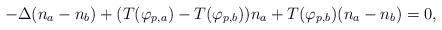
LaTeX: \begin{align*}- \Delta ( n_{a} - n_{b}) + ( T(\varphi_{p,a}) - T(\varphi_{p,b}) ) n_{a} + T(\varphi_{p,b}) (n_{a} - n_{b}) = 0,\end{align*}